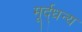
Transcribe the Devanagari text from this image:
मूर्द्धन्य